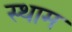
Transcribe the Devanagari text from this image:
स्थाम